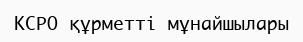
КСРО құрметті мұнайшылары